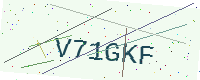
Text: V71GKF